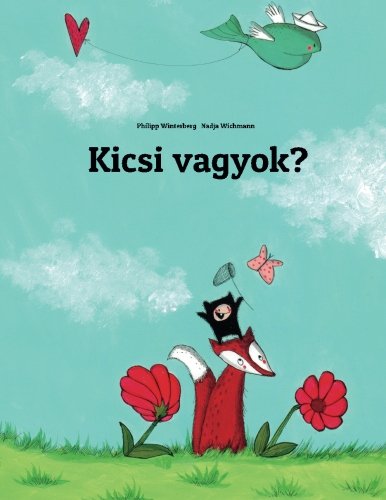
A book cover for Kicsi vagyok?: Philipp Winterberg Ã©s Nadja Wichmann kÃ©pes mesÃ©je (Hungarian Edition); Philipp Winterberg; Children's Books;